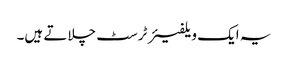
یہ ایک ویلفیئر ٹرسٹ چلاتے ہیں۔